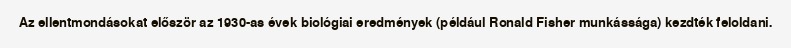
Az ellentmondásokat először az 1930-as évek biológiai eredmények (például Ronald Fisher munkássága) kezdték feloldani.